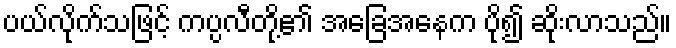
ပယ်လိုက်သဖြင့် ကပ္ပလီတို့၏ အခြေအနေက ပို၍ ဆိုးလာသည်။